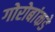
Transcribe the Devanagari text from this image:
गोरोबांकडे